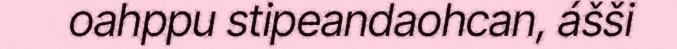
oahppu stipeandaohcan, ášši